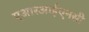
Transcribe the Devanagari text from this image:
एआरआईएनसी